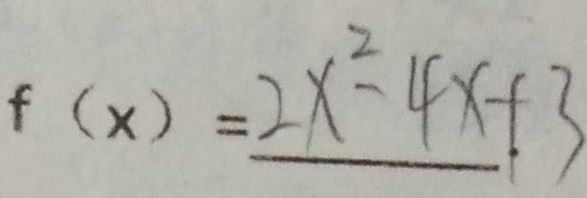
f ( x ) = 2 x ^ { 2 } - 4 x + 3